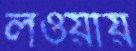
লওয়ায়